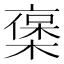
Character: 𠆅